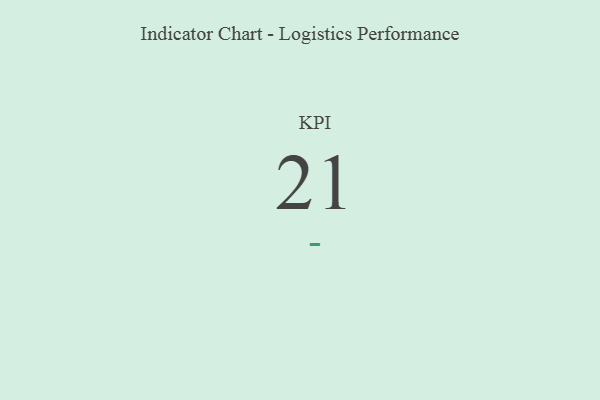
{"axis": {"x": "KPI", "y": "Value"}, "legend": [""], "data": [{"x": "KPI", "y": 21, "type": ""}]}